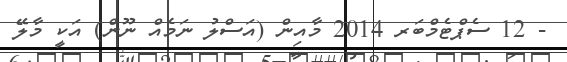
- 12 ސެޕްޓެމްބަރ 2014 މާއިން (އަސްލު ނަމެއް ނޫން) އަކީ މާލޭ